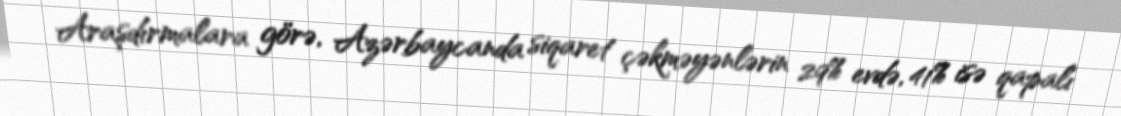
Araşdırmalara görə, Azərbaycanda siqaret çəkməyənlərin 29% evdə, 41% isə qapalı